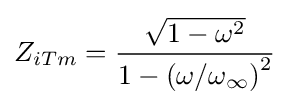
Z_{iTm}={\frac {\sqrt {1-\omega ^{2}}}{1-\left(\omega /\omega _{\infty }\right)^{2}}}